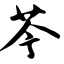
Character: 芩